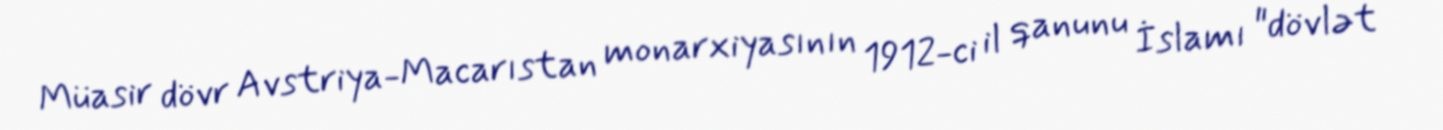
Müasir dövr Avstriya-Macarıstan monarxiyasının 1912-ci il qanunu İslamı "dövlət